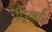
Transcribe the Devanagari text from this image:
ट्रिगर्ड